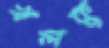
খলকু